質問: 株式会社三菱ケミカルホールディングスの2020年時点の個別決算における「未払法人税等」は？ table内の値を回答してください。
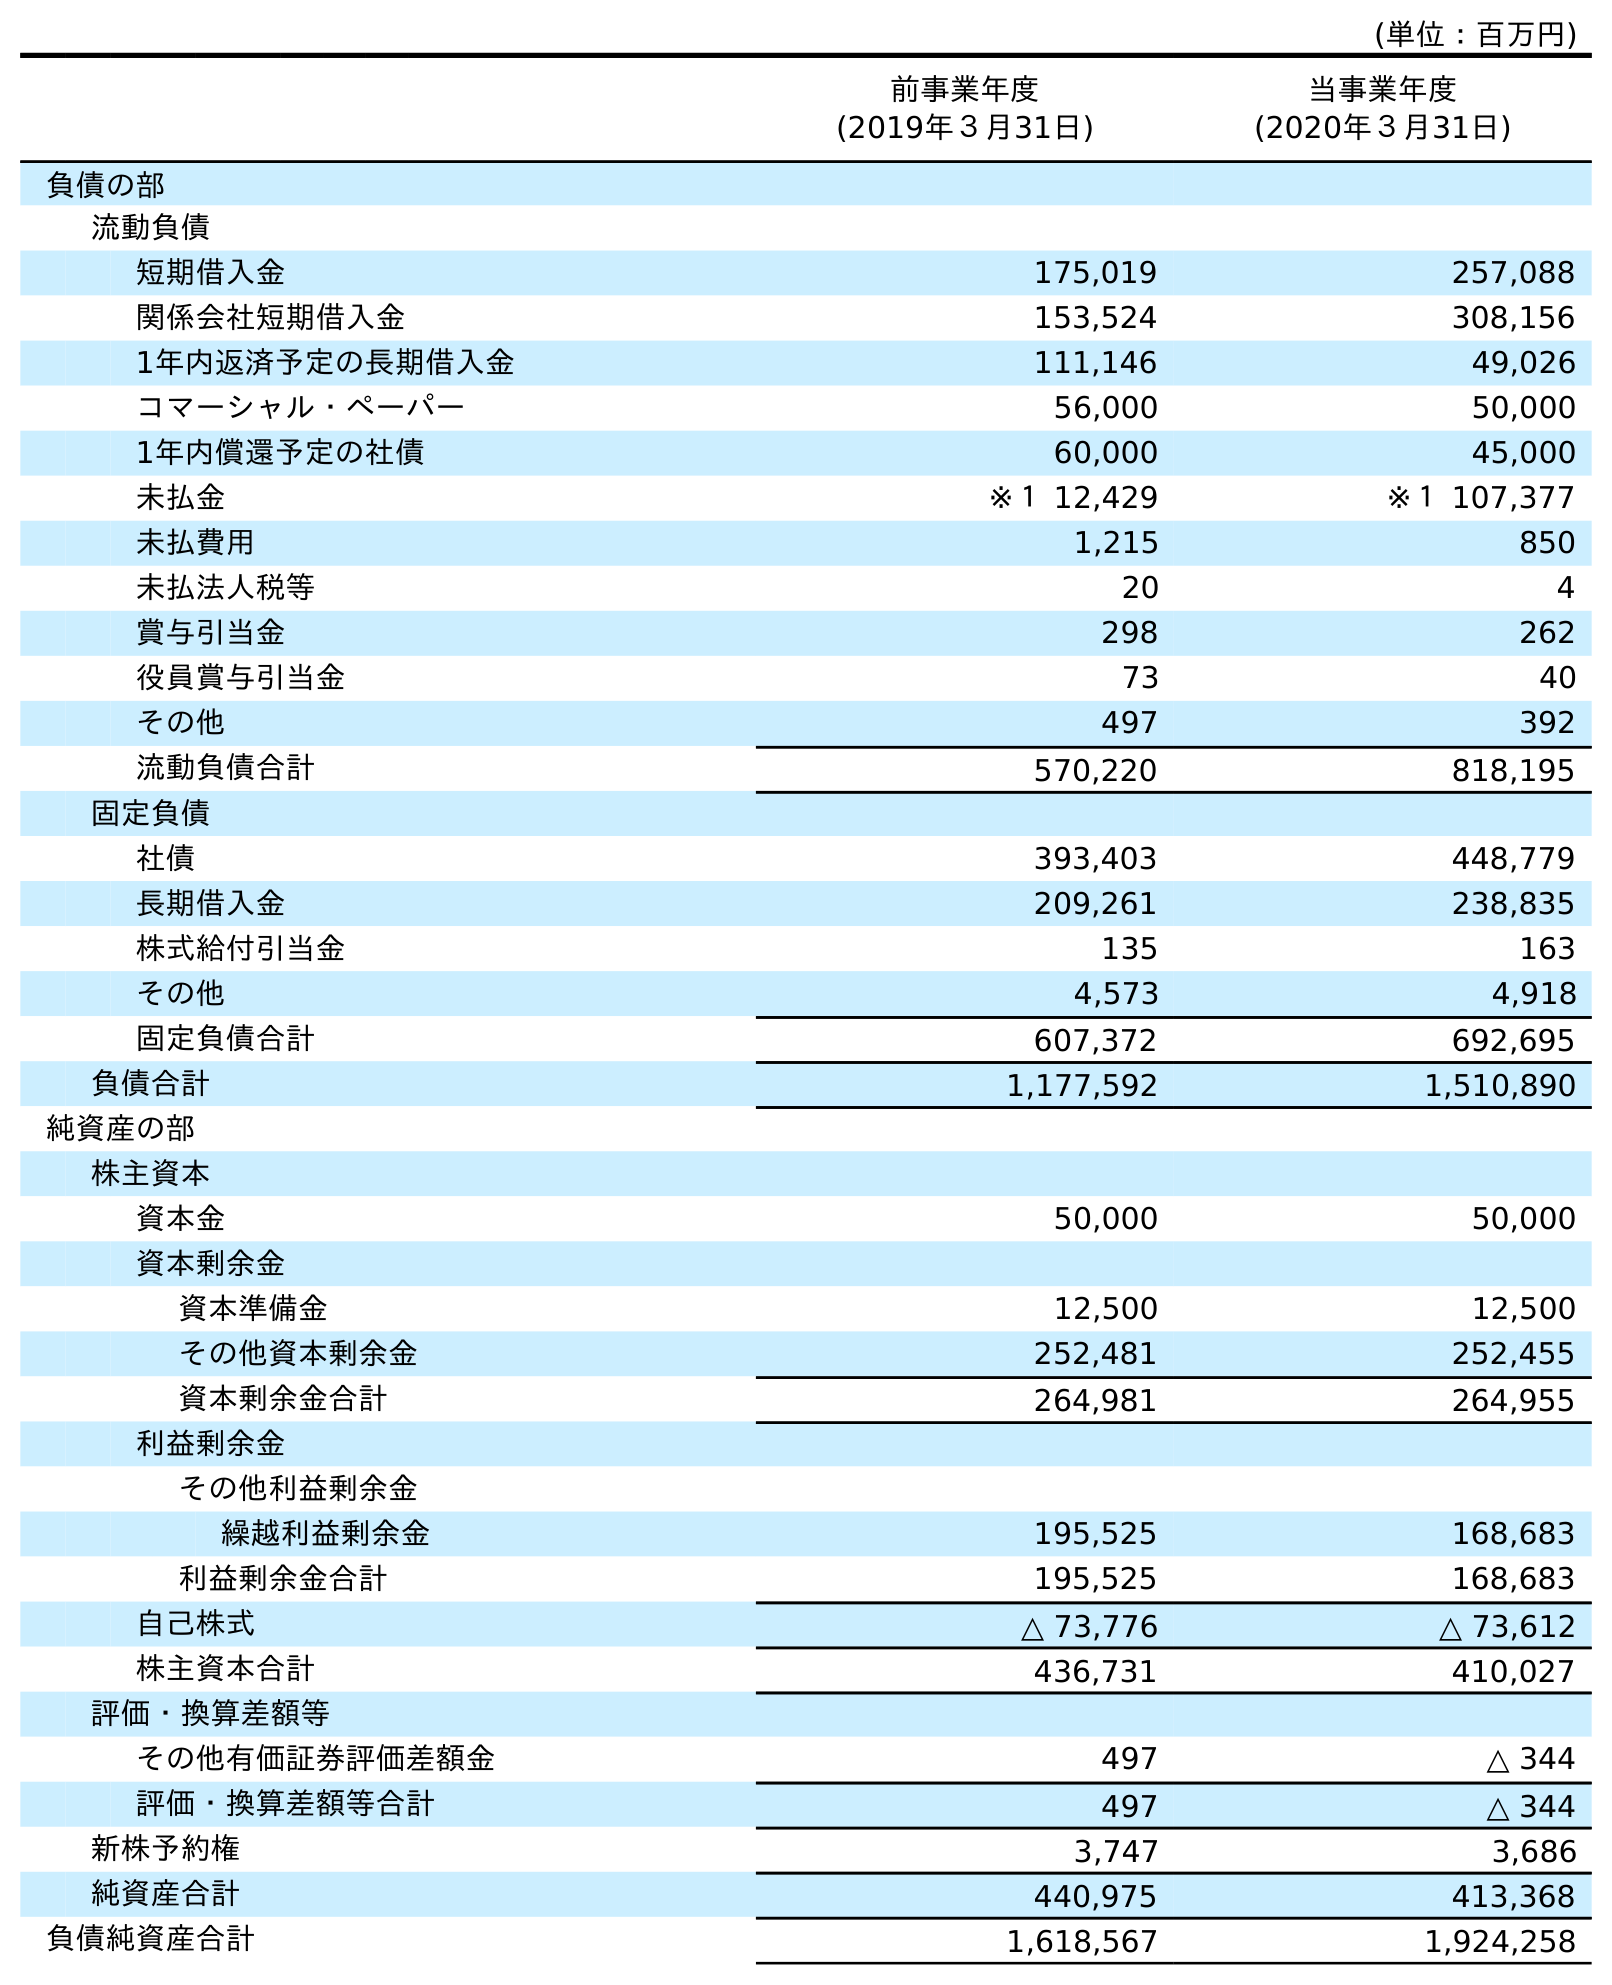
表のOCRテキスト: (単位：百万円) 前事業年度 (2019年３月31日) 当事業年度 (2020年３月31日) 負債の部 流動負債 短期借入金 175,019 257,088 関係会社短期借入金 153,524 308,156 1年内返済予定の長期借入金 111,146 49,026 コマーシャル・ペーパー 56,000 50,000 1年内償還予定の社債 60,000 45,000 未払金 ※１ 12,429 ※１ 107,377 未払費用 1,215 850 未払法人税等 20 4 賞与引当金 298 262 役員賞与引当金 73 40 その他 497 392 流動負債合計 570,220 818,195 固定負債 社債 393,403 448,779 長期借入金 209,261 238,835 株式給付引当金 135 163 その他 4,573 4,918 固定負債合計 607,372 692,695 負債合計 1,177,592 1,510,890 純資産の部 株主資本 資本金 50,000 50,000 資本剰余金 資本準備金 12,500 12,500 その他資本剰余金 252,481 252,455 資本剰余金合計 264,981 264,955 利益剰余金 その他利益剰余金 繰越利益剰余金 195,525 168,683 利益剰余金合計 195,525 168,683 自己株式 △ 73,776 △ 73,612 株主資本合計 436,731 410,027 評価・換算差額等 その他有価証券評価差額金 497 △ 344 評価・換算差額等合計 497 △ 344 新株予約権 3,747 3,686 純資産合計 440,975 413,368 負債純資産合計 1,618,567 1,924,258
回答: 4